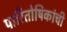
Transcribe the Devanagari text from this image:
पारितोषिकांची